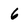
Character: 6